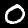
Digit: 0